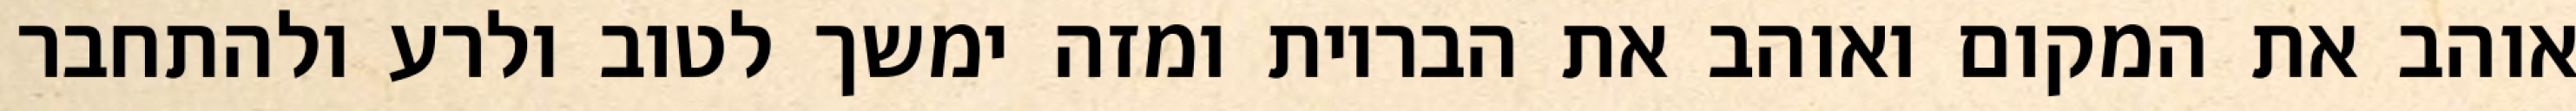
אוהב את המקום ואוהב את הבריות ומזה ימשך לטוב ולרע ולהתחבר